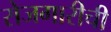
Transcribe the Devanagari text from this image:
रोजगारीची